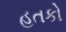
હતકો